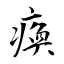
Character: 瘓